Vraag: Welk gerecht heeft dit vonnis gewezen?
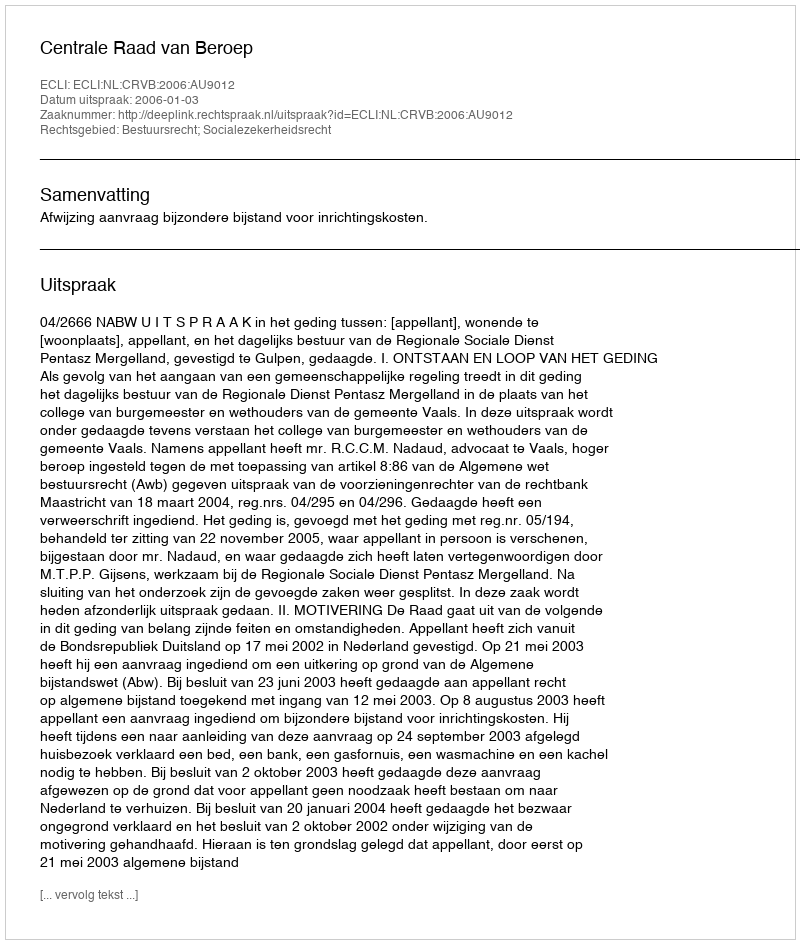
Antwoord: Centrale Raad van Beroep